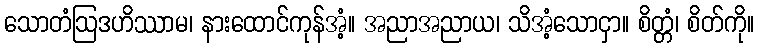
သောတံဩဒဟိဿာမ၊ နားထောင်ကုန်အံ့။ အညာအညာယ၊ သိအံ့သောငှာ။ စိတ္တံ၊ စိတ်ကို။